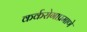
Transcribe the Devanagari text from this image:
कर्करोगाप्रमाणे